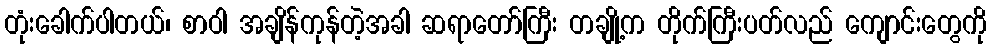
တုံးခေါက်ပါတယ်၊ စာဝါ အချိန်ကုန်တဲ့အခါ ဆရာတော်ကြီး တချို့က တိုက်ကြီးပတ်လည် ကျောင်းတွေကို